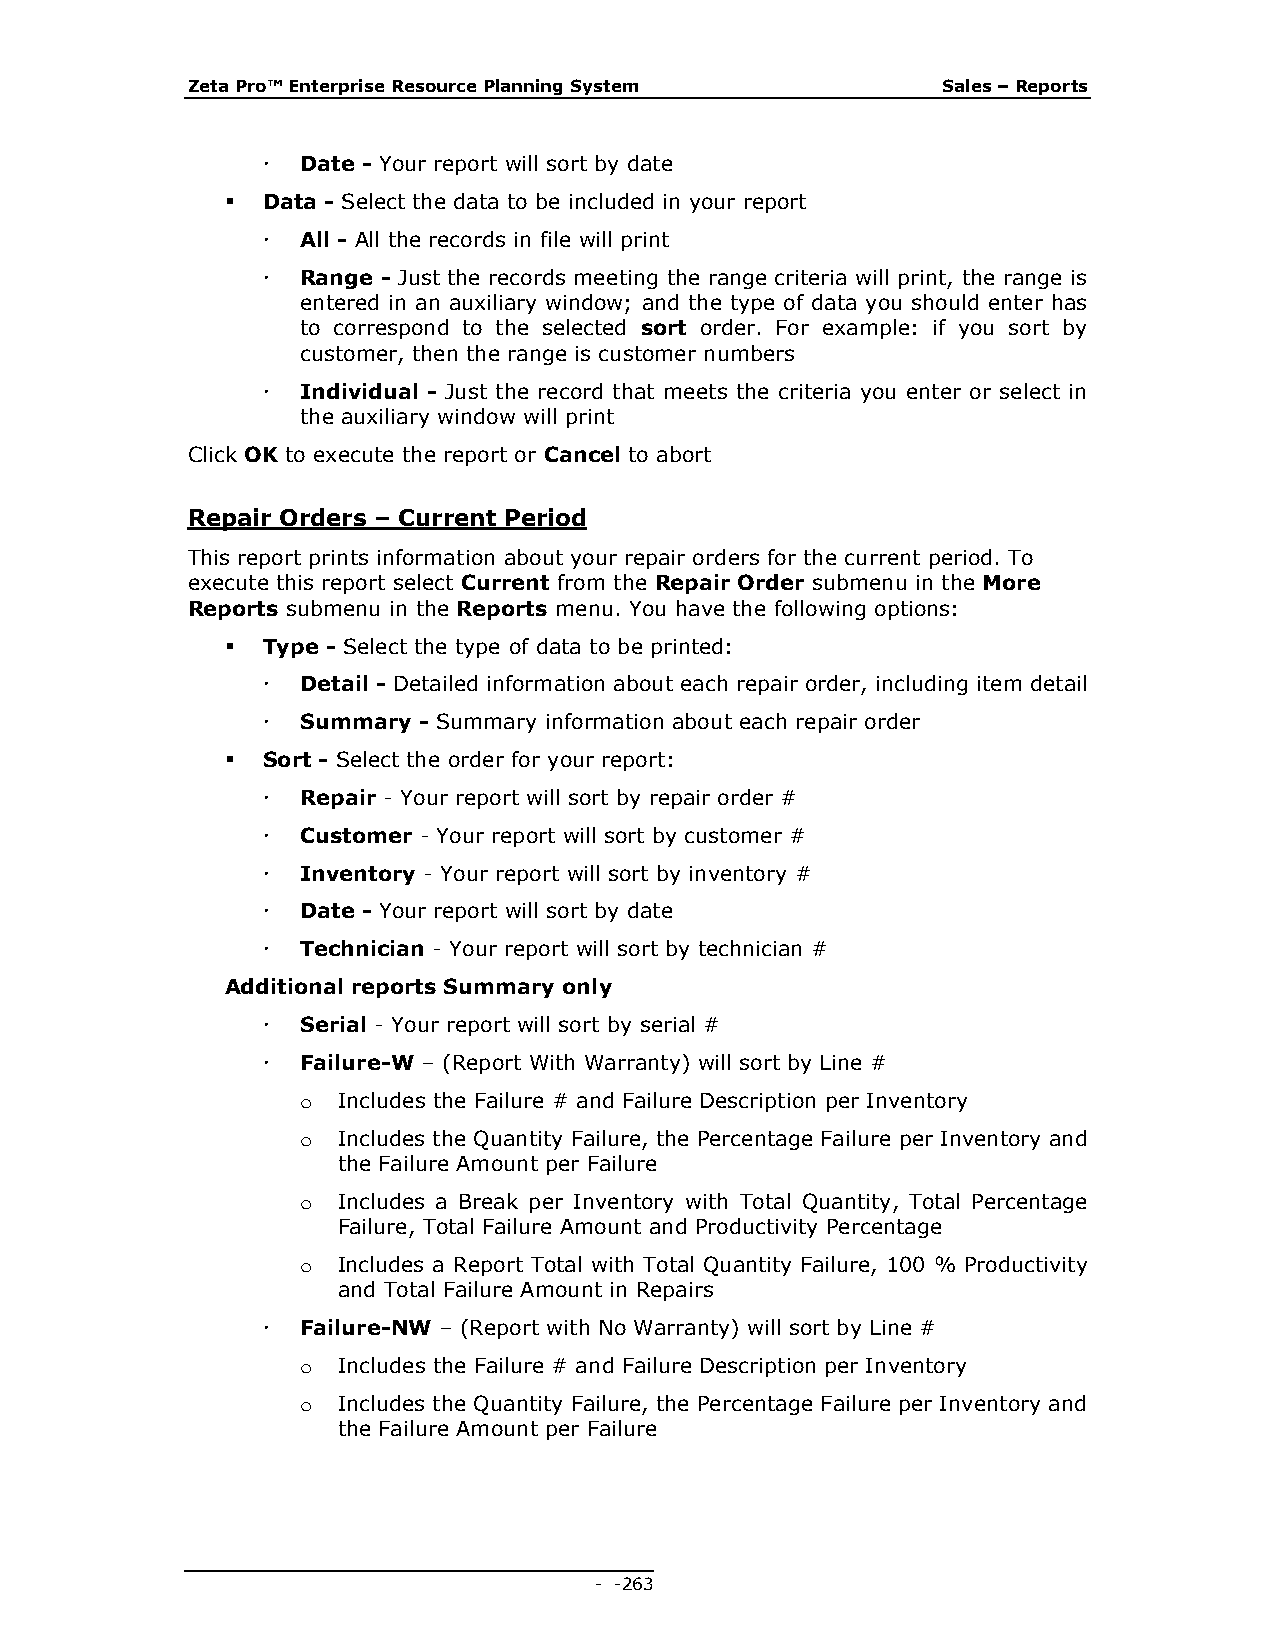
Zeta Pro™ Enterprise Resource Planning System     Sales – Reports
   Date - Your report will sort by date
  Data - Select the data to be included in your report
   All - All the records in file will print
   Range - Just the records meeting the range criteria will print, the range is
 entered in an auxiliary window; and the type of data you should enter has
 to correspond to the selected sort order. For example: if you sort by
 customer, then the range is customer numbers
   Individual - Just the record that meets the criteria you enter or select in
 the auxiliary window will print
 Click OK to execute the report or Cancel to abort
 Repair Orders – Current Period
 This report prints information about your repair orders for the current period. To
 execute this report select Current from the Repair Order submenu in the More
 Reports submenu in the Reports menu. You have the following options:
  Type - Select the type of data to be printed:
   Detail - Detailed information about each repair order, including item detail
   Summary - Summary information about each repair order
  Sort - Select the order for your report:
   Repair - Your report will sort by repair order #
   Customer - Your report will sort by customer #
   Inventory - Your report will sort by inventory #
   Date - Your report will sort by date
   Technician - Your report will sort by technician #
 Additional reports Summary only
   Serial - Your report will sort by serial #
   Failure-W – (Report With Warranty) will sort by Line #
 o Includes the Failure # and Failure Description per Inventory
 o Includes the Quantity Failure, the Percentage Failure per Inventory and
 the Failure Amount per Failure
 o Includes a Break per Inventory with Total Quantity, Total Percentage
 Failure, Total Failure Amount and Productivity Percentage
 o Includes a Report Total with Total Quantity Failure, 100 % Productivity
 and Total Failure Amount in Repairs
   Failure-NW – (Report with No Warranty) will sort by Line #
 o Includes the Failure # and Failure Description per Inventory
 o Includes the Quantity Failure, the Percentage Failure per Inventory and
 the Failure Amount per Failure
 - - 263